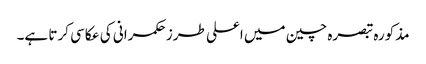
مذکورہ تبصرہ چین میں اعلی طرز حکمرانی کی عکاسی کرتا ہے۔